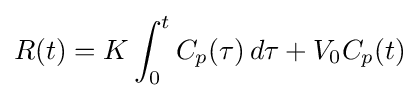
R(t)=K\int _{0}^{t}C_{p}(\tau )\,d\tau +V_{0}C_{p}(t)